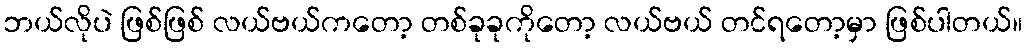
ဘယ်လိုပဲ ဖြစ်ဖြစ် လယ်ဗယ်ကတော့ တစ်ခုခုကိုတော့ လယ်ဗယ် တင်ရတော့မှာ ဖြစ်ပါတယ်။